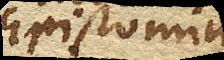
Epistomium